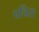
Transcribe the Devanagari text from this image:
पचिस